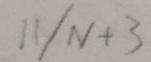
1 1 / N + 3